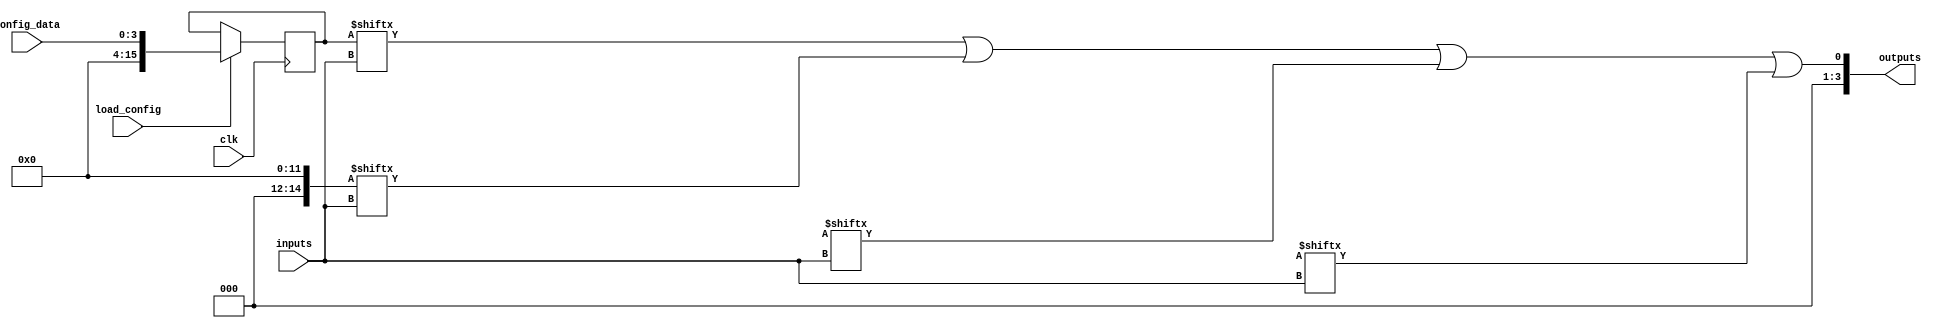
module PLD (
    input wire clk,                // Global clock
    input wire [3:0] inputs,      // 4-bit input vector
    input wire [3:0] config_data, // Configuration data for LUTs
    input wire load_config,        // Signal to load configuration
    output wire [3:0] outputs      // 4-bit output vector
);

// Configuration Memory (for LUTs)
reg [15:0] lut_memory [0:3]; // 4 LUTs, 16 bits each for 4-input LUTs

// Combinational Logic Blocks (CLBs)
wire [3:0] clb_outputs [0:3]; // Outputs from each CLB

// CLB Implementation
genvar i;
generate
    for (i = 0; i < 4; i = i + 1) begin : clb
        // LUT implementation
        assign clb_outputs[i] = lut_memory[i][inputs]; // Simple LUT access
    end
endgenerate

// Output Logic
assign outputs = clb_outputs[0] | clb_outputs[1] | clb_outputs[2] | clb_outputs[3]; // Example: OR of all CLB outputs

// Configuration Logic
always @(posedge clk) begin
    if (load_config) begin
        // Load configuration data into LUTs
        lut_memory[0] <= config_data; // Load into LUT 0
        // Additional loading logic for other LUTs can be added here
    end
end

endmodule